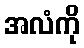
အလံကို